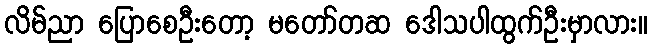
လိမ်ညာ ပြောစေဦးတော့ မတော်တဆ ဒေါသပါထွက်ဦးမှာလား။